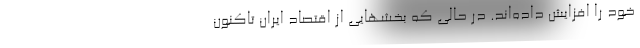
خود را افزایش داده‌اند. در حالی که بخشهایی از اقتصاد ایران تاکنون